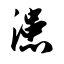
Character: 漶